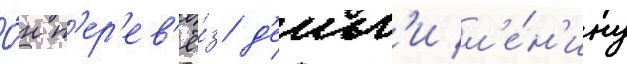
О́н п'ер'ев'ё́з д'еньг'и л'е́н'ину